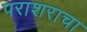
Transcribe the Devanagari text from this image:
पराशराचा